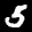
Label: 5